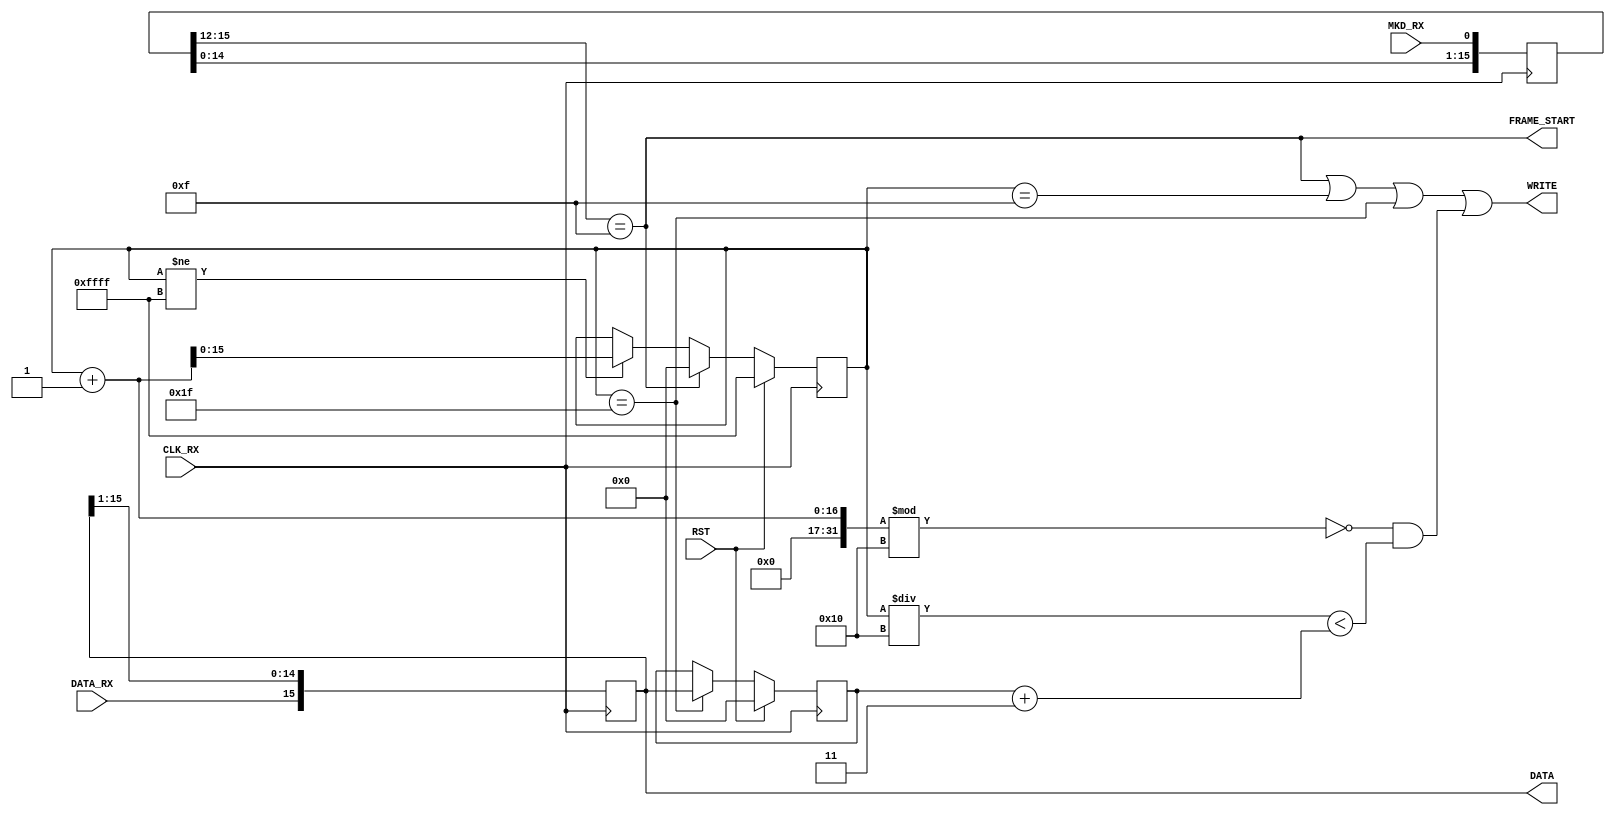
module m26_rx_ch
(
    input wire RST,
    input wire CLK_RX,
    input wire MKD_RX,
    input wire DATA_RX,
    
    output wire WRITE, FRAME_START,
    output wire [15:0] DATA
    
); 

reg [15:0] mkd_sr;
always@(posedge CLK_RX)
    mkd_sr[15:0] <= {mkd_sr[14:0], MKD_RX};

reg [15:0] data_sr;
always@(posedge CLK_RX)
    data_sr[15:0] <= {DATA_RX, data_sr[15:1]};
    
assign FRAME_START = (mkd_sr[15:12] == 4'b1111);

reg [15:0] data_cnt;
always@(posedge CLK_RX)
    if(RST)
        data_cnt <= 16'hffff;
    else if(FRAME_START)
        data_cnt <= 0;
    else if(data_cnt != 16'hffff)
        data_cnt <= data_cnt + 1;

reg [15:0] data_len;
always@(posedge CLK_RX)
    if(RST)
        data_len <= 0;
    else if(data_cnt==31)
        data_len <= data_sr;

        
assign WRITE = FRAME_START | data_cnt == 15 | data_cnt == 31 | ((data_cnt + 1) % 16 == 0 && data_cnt / 16 < data_len + 3);
assign DATA = data_sr;

endmodule